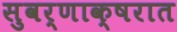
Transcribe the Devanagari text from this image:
सुवर्णाक्षरात